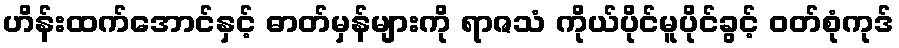
ဟိန်းထက်အောင်နှင့် ဓာတ်မှန်များကို ရာဇသံ ကိုယ်ပိုင်မူပိုင်ခွင့် ဝတ်စုံကုဒ်